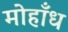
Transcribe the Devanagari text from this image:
मोहाँध